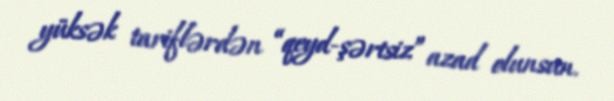
yüksək tariflərdən “qeyd-şərtsiz” azad olunsun.